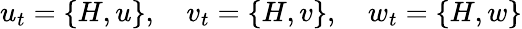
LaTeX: u_{t}=\{ H,u\} ,\quad v_{t}=\{ H,v\} ,\quad w_{t}=\{ H,w\}